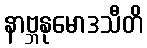
နာဗ္ဘနုမောဒသီတိ